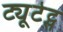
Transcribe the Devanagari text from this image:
ट्यूटेट्स